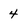
Character: 4